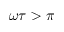
\omega \tau > \pi